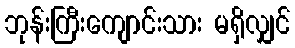
ဘုန်းကြီးကျောင်းသား မရှိလျှင်